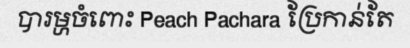
បារម្ហចំពោះ Peach Pachara ប្រែកាន់តែ